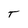
Character: T